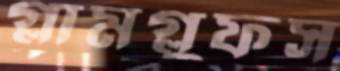
গ্লামগ্লুফস